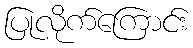
ပြုလိုက်ကြောင်း